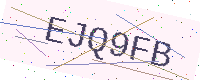
Text: EJQ9FB